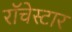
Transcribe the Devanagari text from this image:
रॉचेस्टार